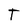
Character: T